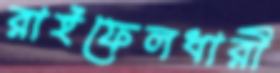
রাইফেলধারী